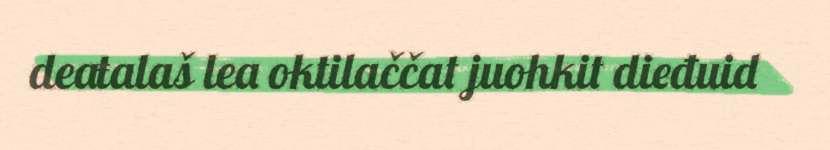
deaŧalaš lea oktilaččat juohkit dieđuid